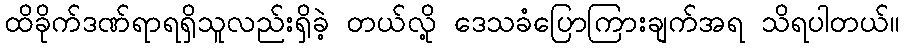
ထိခိုက်ဒဏ်ရာရရှိသူလည်းရှိခဲ့ တယ်လို့ ဒေသခံပြောကြားချက်အရ သိရပါတယ်။